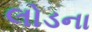
લોડના